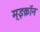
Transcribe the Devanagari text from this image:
म्इक्रॉन